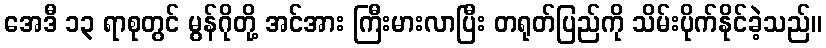
အေဒီ ၁၃ ရာစုတွင် မွန်ဂိုတို့ အင်အား ကြီးမားလာပြီး တရုတ်ပြည်ကို သိမ်းပိုက်နိုင်ခဲ့သည်။